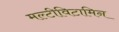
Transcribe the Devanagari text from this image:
मल्टीविटामिन